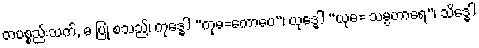
တပစ္စည်းသက်, ဓ ပြု စသည်၊ ကုဒ္ဓေါ “ကုဓ=ကောပေ”၊ ယုဒ္ဓေါ “ယုဓ= သမ္ပဟာရေ”၊ သိဒ္ဓေါ